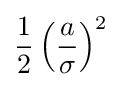
{\frac {1}{2}}\left({\frac {a}{\sigma }}\right)^{2}